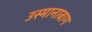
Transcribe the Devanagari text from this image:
उस्मानाबाग